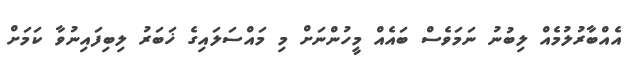
އެއްބާރުލުމެއް ލިބުނު ނަމަވެސް ބައެއް މީހުންނަށް މި މައްސަލައިގެ ޚަބަރު ލިބިފައިނުވާ ކަމަށް